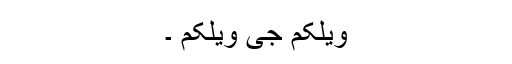
ویلکم جی ویلکم ۔